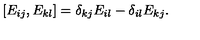
\left[ E _ { i j } , E _ { k l } \right] = \delta _ { k j } E _ { i l } - \delta _ { i l } E _ { k j } .